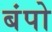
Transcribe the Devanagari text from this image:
बंपो